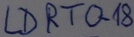
Text: LDRTO-18